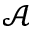
\mathcal { A }